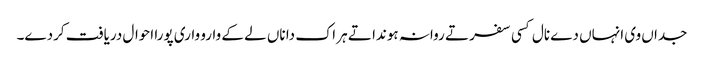
جداں وی انہاں دے نال کسی سفر تے روانہ ہوندا تے ہر اک دا ناں لے کے وارو واری پورا احوال دریافت کردے۔